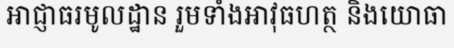
អាជ្ញាធរមូលដ្ឋាន រួមទាំងអាវុធហត្ថ និងយោធា